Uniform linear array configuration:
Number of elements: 48
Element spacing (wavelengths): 0.75
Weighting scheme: hann
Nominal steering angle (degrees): -60
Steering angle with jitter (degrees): -61.772
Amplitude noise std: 0.05
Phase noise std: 0.05

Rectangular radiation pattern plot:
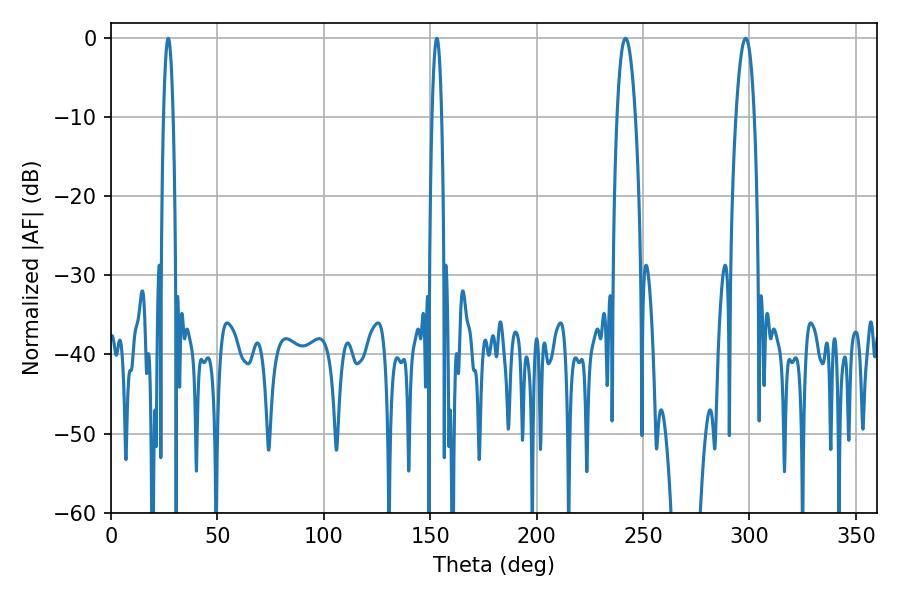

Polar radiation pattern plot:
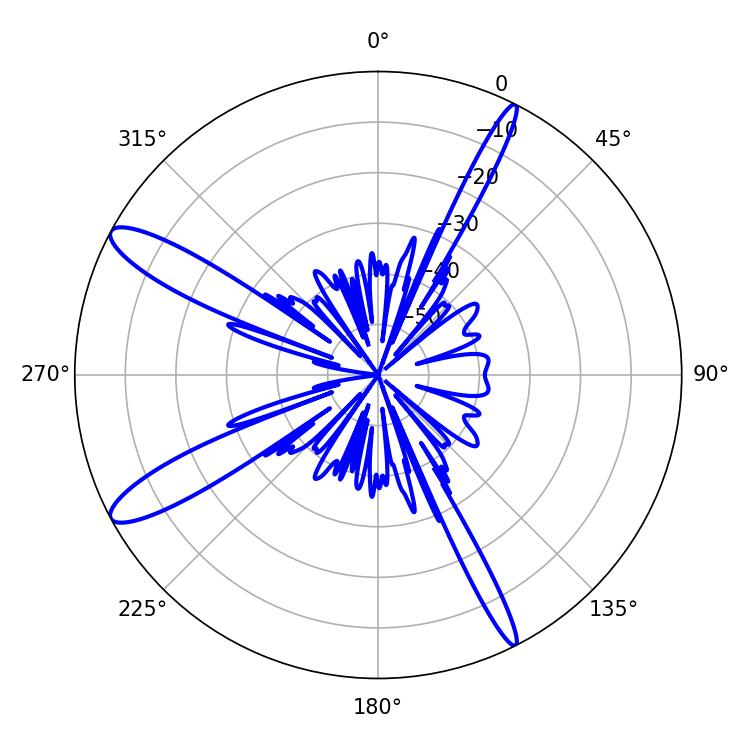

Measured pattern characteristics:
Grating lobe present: TRUE
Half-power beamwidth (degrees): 4.86
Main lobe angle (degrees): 298.26